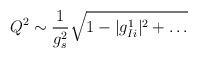
LaTeX: \begin{align*}Q^2 \sim \frac{1}{g^2_s}\sqrt{1 - |g_{Ii}^1|^2 + \dots}\end{align*}